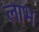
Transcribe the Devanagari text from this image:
लाभ